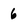
Character: 6